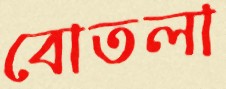
বোতলা